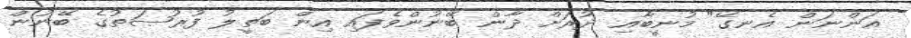
އަންނަން އެނގޭ" މުނީބާއި ދުރަށް ދާން ބޭނުންވެފައި އިން ބަތީލު ފުރުޞަތުގެ ބޭނުން